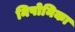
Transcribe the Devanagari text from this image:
निपोनिका